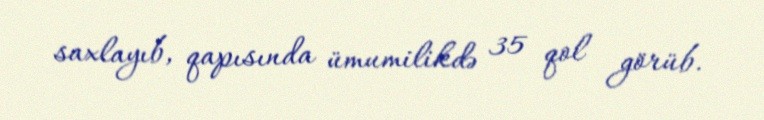
saxlayıb, qapısında ümumilikdə 35 qol görüb.